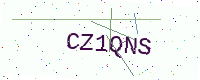
Text: CZ1QNS